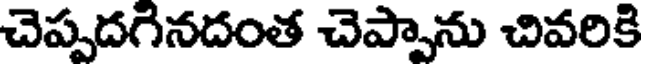
చెప్పదగినదంత చెప్పాను చివరికి